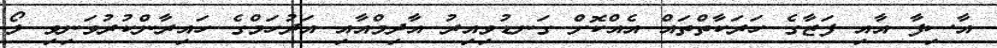
އާސިފާ އާއި ފަޒާގެ ހަރަކާތްތައް އެއްކޮށް ގަނޑުވިއިރު އާދިމްއާއި އަދުހަމްގެ ހައިރާންކުރުވަނިވި ލޯ